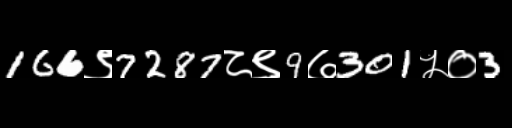
Text: 166९7287८९9७301५०3